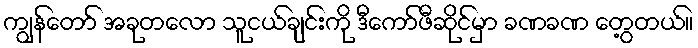
ကျွန်တော် အခုတလော သူငယ်ချင်းကို ဒီကော်ဖီဆိုင်မှာ ခဏခဏ တွေ့တယ်။